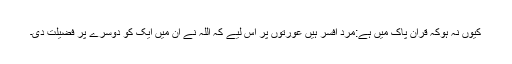
کیوں نہ ہوکہ قرآن پاک میں ہے:مرد افسر ہیں عورتوں پر اس لیے کہ اللہ نے ان میں ایک کو دوسرے پر فضیلت دی۔